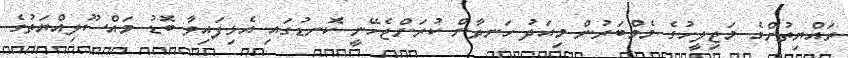
ރައްޔިތުންގެ މަޖިލީހުގެ މެމްބަރުން މިއަދު ހަނދާން ކުރަންޖެހޭނީ ކޮނޑުގައި އެޅިފައިވާ ބޮޑު މައްސޫލިއްޔަތުގެ